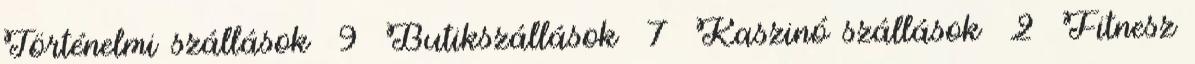
Történelmi szállások 9 Butikszállások 7 Kaszinó szállások 2 Fitnesz